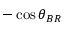
- \cos { \theta _ { B R } }